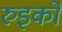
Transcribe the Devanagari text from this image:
रुइको